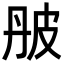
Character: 𤿔